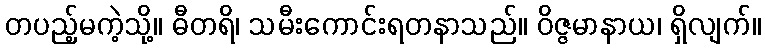
တပည့်မကဲ့သို့။ ဓီတရိ၊ သမီးကောင်းရတနာသည်။ ဝိဇ္ဇမာနာယ၊ ရှိလျက်။